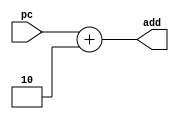
module Adder2#(parameter N=15)
	(output reg[N:0] add,
	input [N:0] pc
	);
always@(*)
begin
	add=pc+2;
end
endmodule